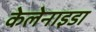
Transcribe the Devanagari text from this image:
केलेनाइडा